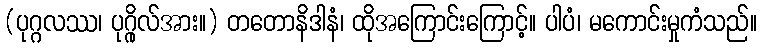
(ပုဂ္ဂလဿ၊ ပုဂ္ဂိုလ်အား။) တတောနိဒါနံ၊ ထိုအကြောင်းကြောင့်။ ပါပံ၊ မကောင်းမှုကံသည်။